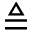
\triangleq